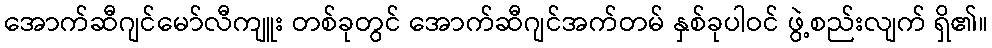
အောက်ဆီဂျင်မော်လီကျူး တစ်ခုတွင် အောက်ဆီဂျင်အက်တမ် နှစ်ခုပါဝင် ဖွဲ့စည်းလျက် ရှိ၏။